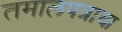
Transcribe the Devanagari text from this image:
तमालपत्राचा